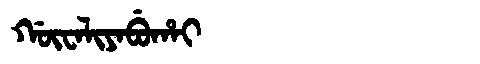
Manchu: ᡤᡡᠸᠠᠯᡳᠶᠠᠪᡠᡥᠠᡳ
Romanization: GŪWALIYABUHAI